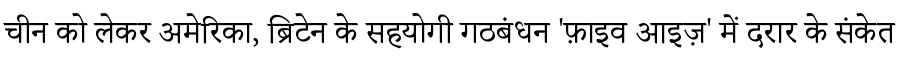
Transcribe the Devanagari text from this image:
चीन को लेकर अमेरिका, ब्रिटेन के सहयोगी गठबंधन 'फ़ाइव आइज़' में दरार के संकेत